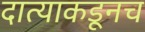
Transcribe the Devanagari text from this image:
दात्याकडूनच